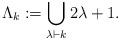
LaTeX: \begin{align*}\Lambda_k := \bigcup_{\lambda \vdash k} 2\lambda +1 .\end{align*}